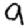
Digit: 9